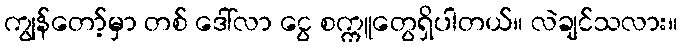
ကျွန်တော့်မှာ တစ် ဒေါ်လာ ငွေ စက္ကူတွေရှိပါတယ်။ လဲချင်သလား။